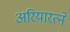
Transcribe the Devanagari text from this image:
अरियारत्ने